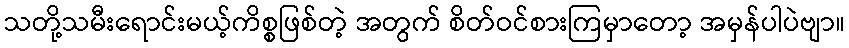
သတို့သမီးရောင်းမယ့်ကိစ္စဖြစ်တဲ့ အတွက် စိတ်ဝင်စားကြမှာတော့ အမှန်ပါပဲဗျာ။